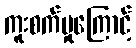
ကူးစက်မှုကြောင့်